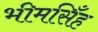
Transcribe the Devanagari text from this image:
भीमसिँह